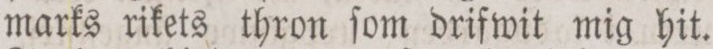
marks rikets thron ſom drifwit mig hit.